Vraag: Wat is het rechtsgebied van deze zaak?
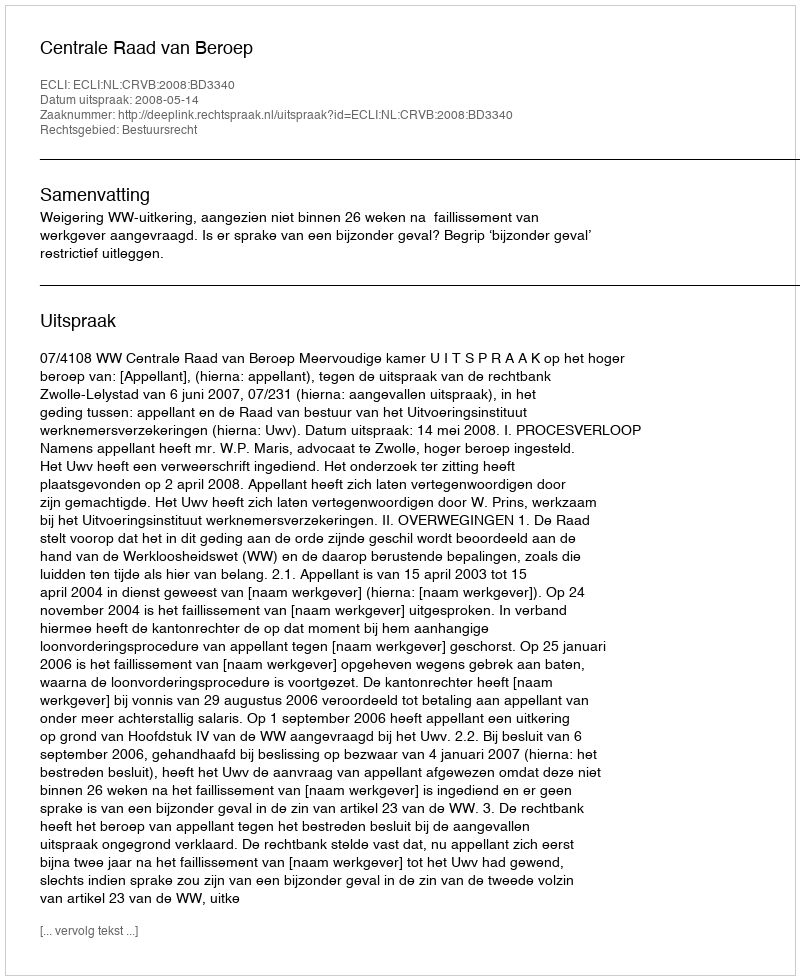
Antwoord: Bestuursrecht